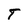
Character: T